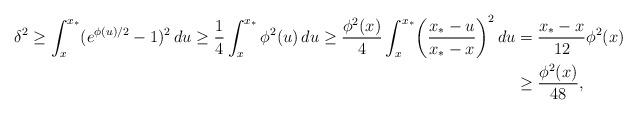
LaTeX: \begin{align*}\delta^2 \geq \int_x^{x_*} (e^{\phi(u)/2} - 1)^2 \, du \geq \frac{1}{4} \int_x^{x_*} \phi^2(u) \, du \geq \frac{\phi^2(x)}{4}\int_x^{x_*} \biggl(\frac{x_* - u}{x_*- x}\biggr)^2 \, du &= \frac{x_*-x}{12}\phi^2(x) \\&\geq \frac{\phi^2(x)}{48},\end{align*}